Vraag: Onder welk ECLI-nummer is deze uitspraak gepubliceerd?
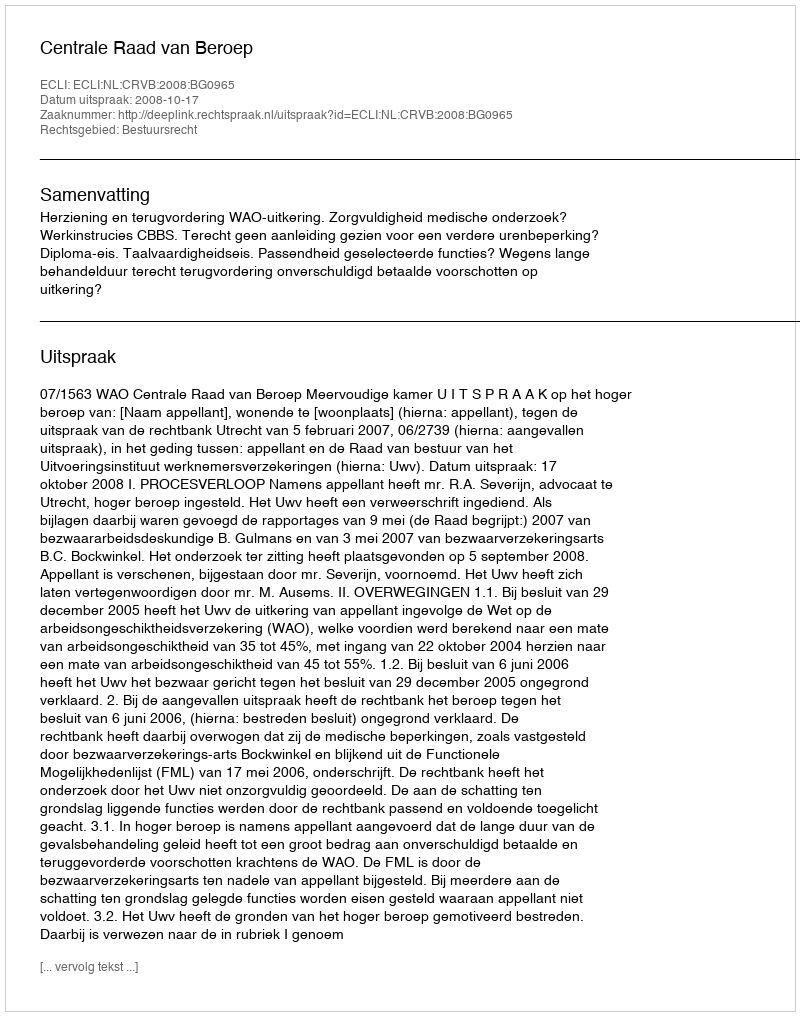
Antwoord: ECLI:NL:CRVB:2008:BG0965